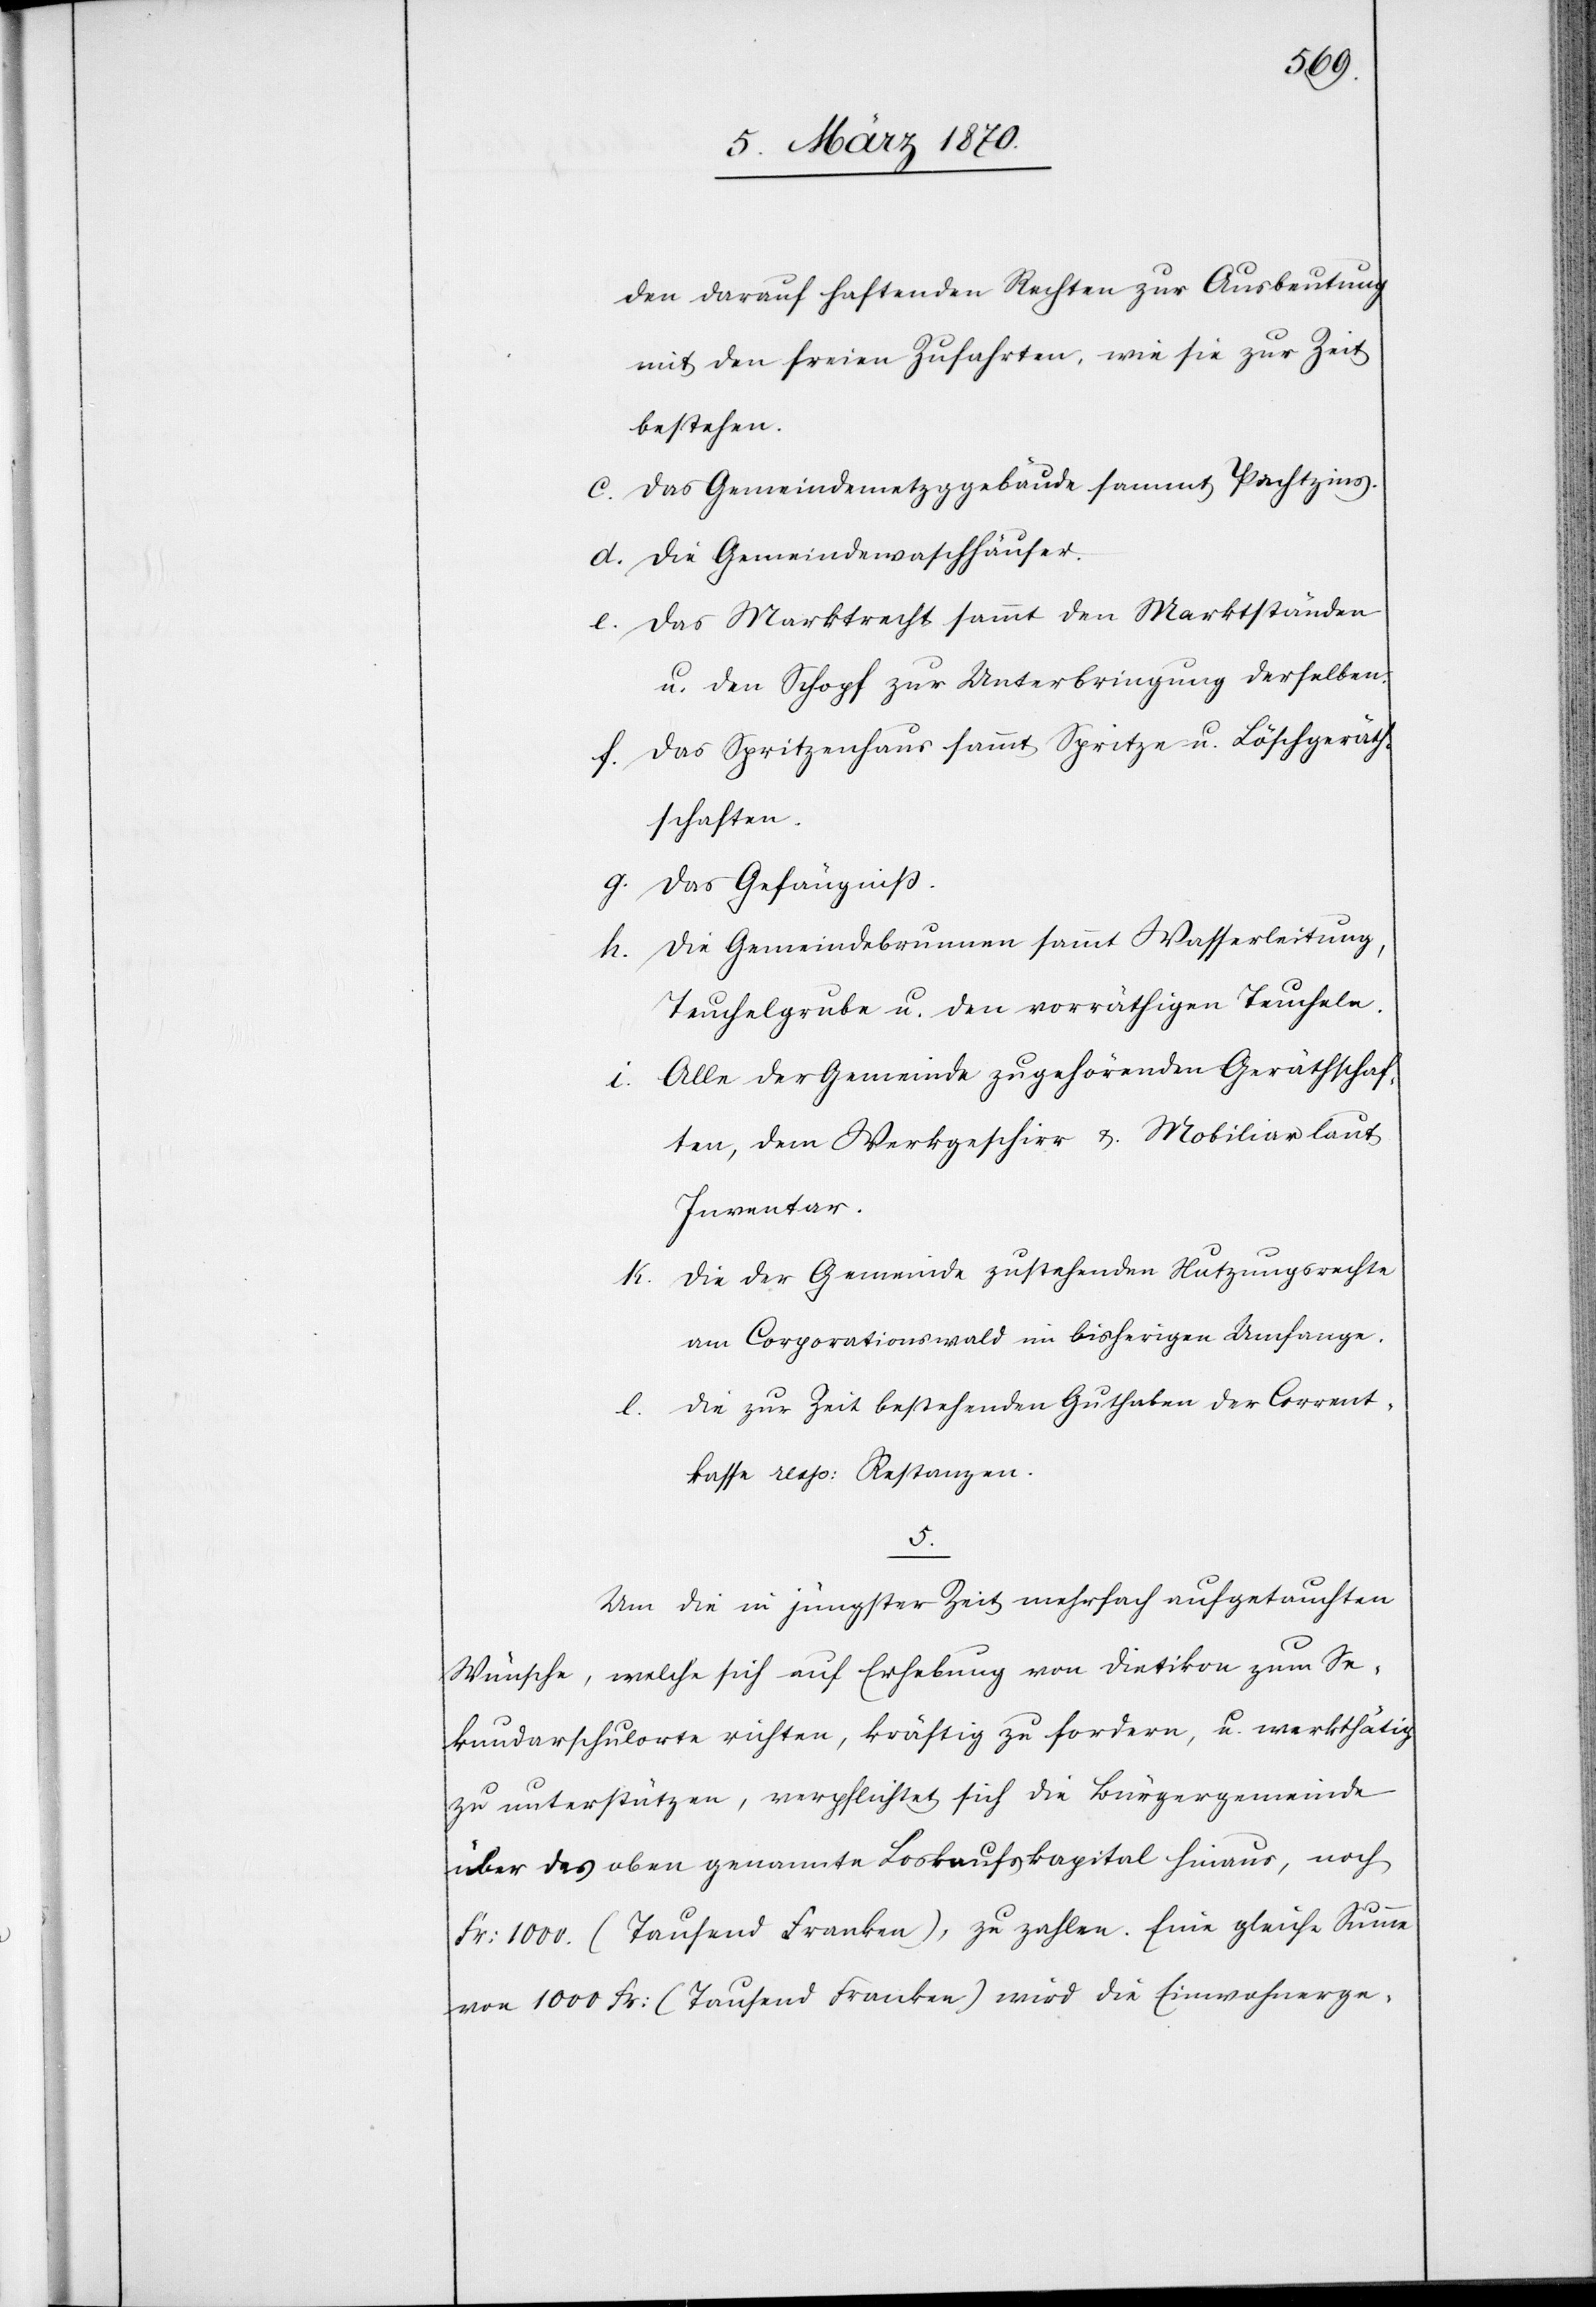
den darauf haftenden Rechten zur Ausbeutung
mit den freien Zufahrten, wie sie zur Zeit
bestehen.
c. Das Gemeindemetzggebäude sammt Pachtzins.
d. Die Gemeindewaschhäuser.
e. Das Marktrecht sammt den Marktständen
u. den Schopf zur Unterbringung derselben.
f. Das Spritzenhaus sammt Spritze u. Löschgeräth¬
schaften.
g. Das Gefängniß.
h. Die Gemeindebrunnen sammt Wasserleitung,
Teuchelgrube u. den vorräthigen Teucheln.
i. Alle der Gemeinde zugehörenden Geräthschaf¬
ten, dem Werkgeschirr & Mobiliar laut
Inventar.
k. Die der Gemeinde zustehenden Nutzungsrechte
am Corporationswald im bisherigen Umfange.
l. Die zur Zeit bestehenden Guthaben der Corrent¬
kasse resp: Restanzen.
5.
Um die in jüngster Zeit mehrfach aufgetauchten
Wünsche, welche sich auf Erhebung von Dietikon zum Se¬
kundarschulorte richten, kräftig zu fordern, u. werkthätig
zu unterstützen, verpflichtet sich die Bürgergemeinde
über das oben genannte Loskaufskapital hinaus, noch
Fr: 1000. (Tausend Franken), zu zahlen. Eine gleiche Summe
von 1000 Fr: (Tausend Franken) wird die Einwohnerge-